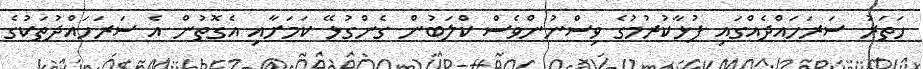
ހަތަރު ސަރަހައްދެއްގައި ފުޅާކުރުމުގެ ވިސްނުންވެސް ކްލަބުން ގެންގުޅޭ ކަމަށާއި އެގޮތުން އެ ސަރަހައްދުތަކުގެ